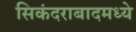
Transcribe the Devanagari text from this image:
सिकंदराबादमध्ये